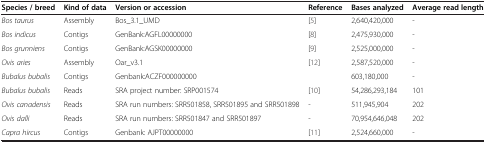
<table><thead><tr><td><b>Species / breed</b></td><td><b>Kind of data</b></td><td><b>Version or accession</b></td><td><b>Reference</b></td><td><b>Bases analyzed</b></td><td><b>Average read length</b></td></tr></thead><tbody><tr><td><i>Bos taurus</i></td><td>Assembly</td><td>Bos_3.1_UMD</td><td>[5]</td><td>2,640,420,000</td><td>-</td></tr><tr><td><i>Bos indicus</i></td><td>Contigs</td><td>GenBank:AGFL00000000</td><td>[8]</td><td>2,475,930,000</td><td>-</td></tr><tr><td><i>Bos grunniens</i></td><td>Contigs</td><td>GenBank:AGSK00000000</td><td>[9]</td><td>2,525,000,000</td><td>-</td></tr><tr><td><i>Ovis aries</i></td><td>Assembly</td><td>Oar_v3.1</td><td>[12]</td><td>2,587,520,000</td><td>-</td></tr><tr><td><i>Bubalus bubalis</i></td><td>Contigs</td><td>Genbank:ACZF000000000</td><td> </td><td>603,180,000</td><td>-</td></tr><tr><td><i>Bubalus bubalis</i></td><td>Reads</td><td>SRA project number: SRP001574</td><td>[10]</td><td>54,286,293,184</td><td>101</td></tr><tr><td><i>Ovis canadensis</i></td><td>Reads</td><td>SRA run numbers: SRR501858, SRR501895 and SRR501898</td><td>-</td><td>511,945,904</td><td>202</td></tr><tr><td><i>Ovis dalli</i></td><td>Reads</td><td>SRA run numbers: SRR501847 and SRR501897</td><td>-</td><td>70,954,646,048</td><td>202</td></tr><tr><td><i>Capra hircus</i></td><td>Contigs</td><td>Genbank: AJPT00000000</td><td>[11]</td><td>2,524,660,000</td><td>-</td></tr></tbody></table>